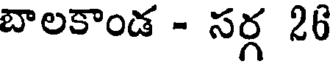
బాలకాండ - సర్గ 26